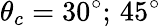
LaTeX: \theta_{c}=30^{\circ};\, 45^{\circ}